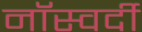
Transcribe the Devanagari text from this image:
नॉस्वर्दी